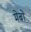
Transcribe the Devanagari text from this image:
मेबो